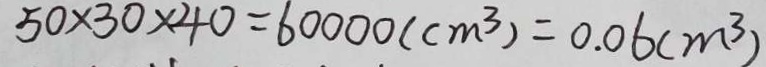
5 0 \times 3 0 \times 4 0 = 6 0 0 0 0 ( c m ^ { 3 } ) = 0 . 0 6 ( m ^ { 3 } )